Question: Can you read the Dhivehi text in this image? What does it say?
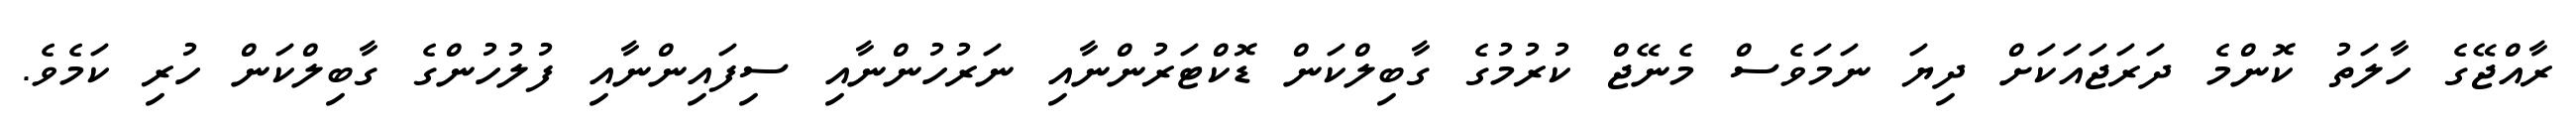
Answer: ރާއްޖޭގެ ހާލަތު ކޮންމެ ދަރަޖައަކަށް ދިޔަ ނަމަވެސް މެނޭޖް ކުރުމުގެ ގާބިލްކަން ޑޮކްޓަރުންނާއި ނަރުހުންނާއި ސިފައިންނާއި ފުލުހުންގެ ގާބިލްކަން ހުރި ކަމެވެ.